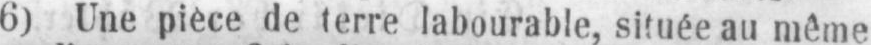
6) Une pièce de terre labourable, située au même